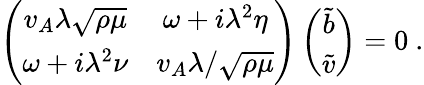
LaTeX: \left(\begin{array}{cc}{v_{A}\lambda\sqrt{\rho\mu}}&{\omega+i\lambda^{2}\eta}\\ {\omega+i\lambda^{2}\nu}&{v_{A}\lambda/\sqrt{\rho\mu}}\end{array}\right)\left(\begin{array}{c}{\tilde{b}}\\ {\tilde{v}}\end{array}\right)=0~.